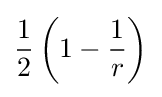
{\frac {1}{2}}\left(1-{\frac {1}{r}}\right)